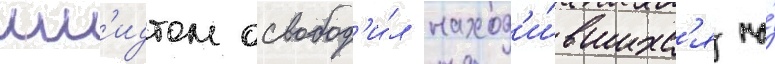
шм'идтом освобод'и́л наход'и́вшихс'я на́